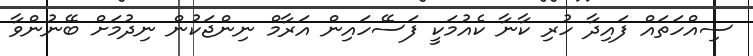
ސިއްހަތައް ފައިދާ ހުރި ކާނާ ކެއުމަކީ ފަސޭހައިން އަރާމް ނިންޖަކުން ނިދުމަށް ބޭނުންވާ